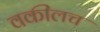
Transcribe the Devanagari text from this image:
वकीलच